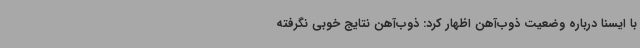
با ایسنا درباره وضعیت ذوب‌آهن اظهار کرد: ذوب‌آهن نتایج خوبی نگرفته